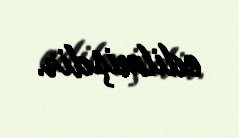
edilmişdir.